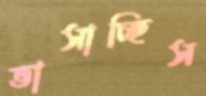
ভাসাচ্ছিস